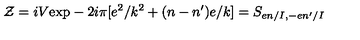
{ \cal Z } = i V \mathrm { e x p } - 2 i \pi [ e ^ { 2 } / k ^ { 2 } + ( n - n ^ { \prime } ) e / k ] = S _ { e n / I , - e n ^ { \prime } / I }